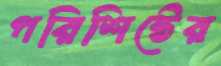
পরিশিষ্টের